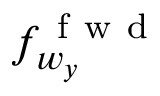
f _ { w _ { y } } ^ { \mathrm { ~ f ~ w ~ d ~ } }